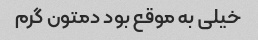
خیلی به موقع بود دمتون گرم